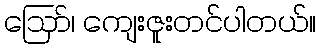
ဪ၊ ကျေးဇူးတင်ပါတယ်။